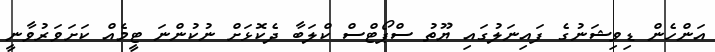
އަންހެން ޑިވިޝަނުގެ ފައިނަލުގައި ޔޫތު ސްޕޯޓްސް ކްލަބާ ދެކޮޅަށް ނުކުންނަ ޓީމެއް ކަށަވަރުވާނީ